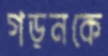
গড়নকে